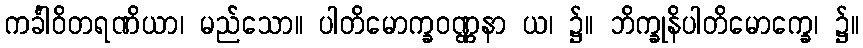
ကင်္ခါဝိတရဏိယာ၊ မည်သော။ ပါတိမောက္ခဝဏ္ဏနာ ယ၊ ၌။ ဘိက္ခုနိပါတိမောက္ခေ၊ ၌။